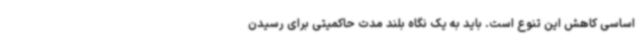
اساسی کاهش این تنوع است. باید به یک نگاه بلند مدت حاکمیتی برای رسیدن